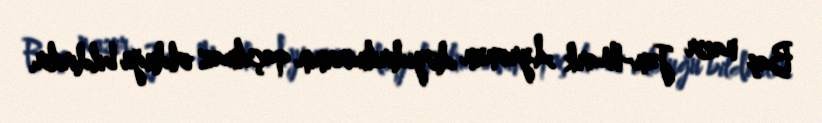
Baş nazir Jan-Mark Ayronun dəyidirilməsinin qaçılmaz olduğu bildirilir.